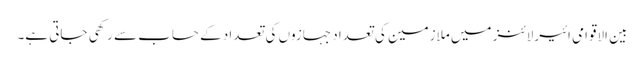
بین الاقوامی ائیرلائنز میں ملازمین کی تعداد جہازوں کی تعداد کے حساب سے رکھی جاتی ہے۔